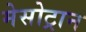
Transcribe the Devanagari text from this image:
मेसोट्रान